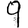
Digit: 9